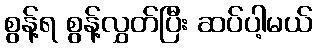
စွန့်ရ စွန့်လွှတ်ပြီး ဆပ်ပါ့မယ်